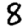
Digit: 8